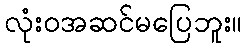
လုံးဝအဆင်မပြေဘူး။